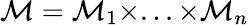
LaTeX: \mathcal{M}=\mathcal{M}_{1}\times...\times\mathcal{M}_{n}